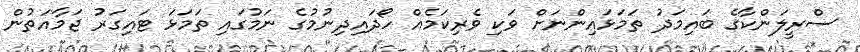
ސްރީލަންކާގެ ބައިމަދު ތަމަޅައިންނަށް ވަކި ވެރިކަމެއް ހޯދައިދިނުމުގެ ނަމުގައި ތަމަޅަ ޓައިގަރު ޖަމާއަތުން